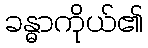
ခန္ဓာကိုယ်၏